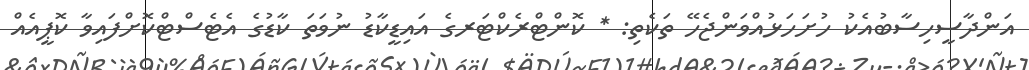
އަންދާސީހިސާބުއެކު ހުށަހަޅުއްވަންޖެހޭ ތަކެތި: * ކޮންޓްރެކްޓަރގެ އައިޑީކާޑު ނުވަތަ ކާޑުގެ އެޓެސްޓްކޮށްފައިވާ ކޮޕީއެއް